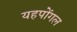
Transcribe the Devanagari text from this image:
यहपोंगल